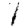
Digit: 1